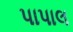
પાપાલ